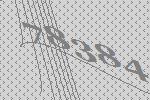
78384